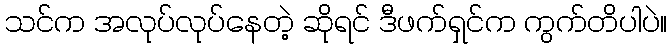
သင်က အလုပ်လုပ်နေတဲ့ ဆိုရင် ဒီဖက်ရှင်က ကွက်တိပါပဲ။